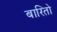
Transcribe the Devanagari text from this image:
बारितो